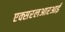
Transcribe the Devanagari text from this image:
एक्सरलआरआर्इ